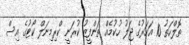
ތޮލްހަތު 10 އަހަރުގެ ޖަލު ހުކުމެއް ތަންފީޒު ކުރަނީ ކްރިމިނަލް ކޯޓުގެ އިސް